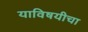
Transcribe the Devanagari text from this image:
याविषयीचा